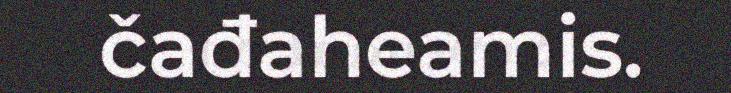
čađaheamis.